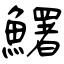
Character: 鱰